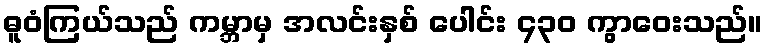
ဓူဝံကြယ်သည် ကမ္ဘာမှ အလင်းနှစ် ပေါင်း ၄၃၀ ကွာဝေးသည်။